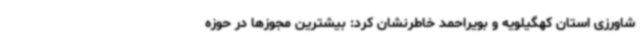
شاورزی استان کهگیلویه و بویراحمد خاطرنشان کرد: بیشترین مجوزها در حوزه